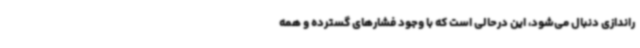
راندازی دنبال می‌شود، این درحالی است که با وجود فشارهای گسترده و همه